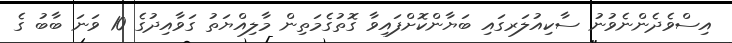
އިސްވެދެންނެވުނު ސާކިއުލަރގައި ބަޔާންކޮށްފައިވާ ގޮތުގެމަތިން މާލިއްޔަތު ގަވާއިދުގެ 10 ވަނަ ބާބު ގެ